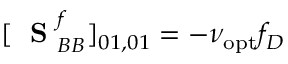
[ \mathrm { ~ \bf ~ S ~ } _ { B B } ^ { f } ] _ { 0 1 , 0 1 } = - \nu _ { \mathrm { o p t } } f _ { D }